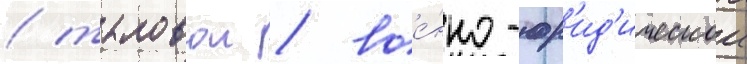
/ тыловои / вое́нно-юр'ид'ическои